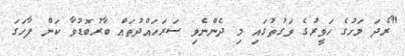
"ރޯދަ މަހުގެ ހަވީރުގެ ވަގުތުގައި މި ދެންނެވި ސަރަހައްދުތައް ބާރުބޮޑުވާ ކަން ފާހަގަ